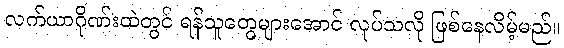
လက်ယာဂိုဏ်းထဲတွင် ရန်သူတွေများအောင် လုပ်သလို ဖြစ်နေလိမ့်မည်။